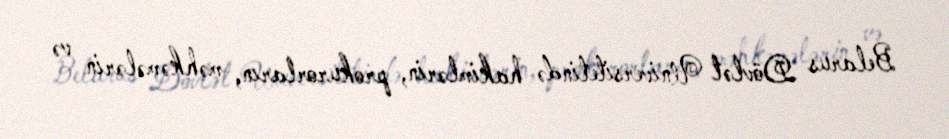
Belarus Dövlət Universitetində hakimlərin, prokurorların, məhkəmələrin və